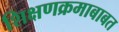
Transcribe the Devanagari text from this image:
शिक्षणक्रमाबाबत